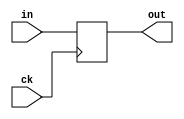
module pipe
    #(parameter LENGTH=1, parameter INIT=0)
   (input wire ck, 
    input wire in, 
    output wire out
);

    reg [(LENGTH-1):0] delay = INIT;

    generate 

        if (LENGTH == 1) begin

            always @(posedge ck) begin
                delay <= in;
            end

        end else begin

            always @(posedge ck) begin
                delay <= { delay[LENGTH-2:0], in };
            end

        end

    endgenerate

    assign out = delay[LENGTH-1];

endmodule